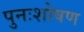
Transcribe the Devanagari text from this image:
पुनःशोषण